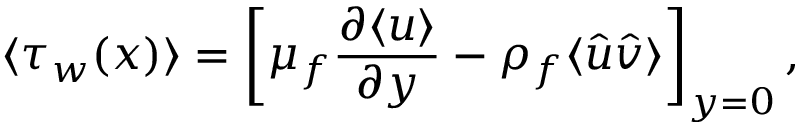
\langle \tau _ { w } ( x ) \rangle = \left[ \mu _ { f } \frac { \partial \langle u \rangle } { \partial y } - \rho _ { f } \langle \hat { u } \hat { v } \rangle \right] _ { y = 0 } ,